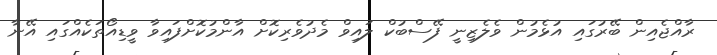
ރާއްޖެއިން ބޭރުގައި އުޅެމުން ވެލެޒިނީ ފޭސްބުކް ލައިވް މެދުވެރިކޮށް އާންމުކޮށްފައިވާ ވީޑިއޯތަކެއްގައި އޭނާ